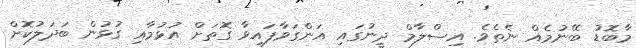
މާބޮޑު ބޭނުމެއް ނެތެވެ. އިސްލާމް ދީނުގައި އަންގަވާފައިވާ ގޮތަށް އުޅުމާއި ގުޅުން ބަދަލުކޮށް